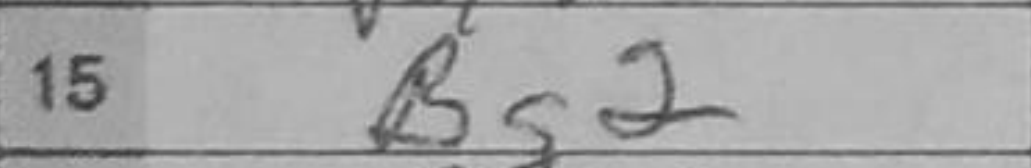
Transcription: Bg2